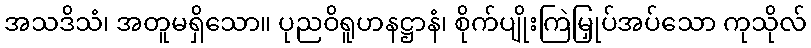
အသဒိသံ၊ အတူမရှိသော။ ပုညဝိရူဟနဋ္ဌာနံ၊ စိုက်ပျိုးကြဲမြှုပ်အပ်သော ကုသိုလ်